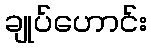
ချုပ်ဟောင်း